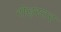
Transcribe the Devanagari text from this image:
रोड्स्टर